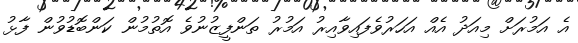
އެ އަމުރަށް މިއަދު އެއް އަހަރުވެފައިވާއިރު އަމުރު ތަންފީޒުނުވެ އޮތުމުން ކަންބޮޑުވުން ފާޅު